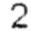
2